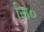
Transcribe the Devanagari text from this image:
जि०